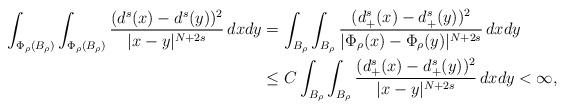
LaTeX: \begin{align*}\int_{\Phi_\rho( B_{\rho})} \int_{\Phi_\rho( B_{\rho})} \frac{(d^s(x)-d^s(y))^2}{|x-y|^{N+2s}}\, dxdy& =\int_{ B_{\rho}}\int_{ B_{\rho}} \frac{(d_+^s(x)-d_+^s(y))^2}{|\Phi_\rho( x)-\Phi_\rho( y)|^{N+2s}}\, dxdy\\& \leq C \int_{ B_{\rho}}\int_{ B_{\rho}} \frac{(d_+^s(x)-d_+^s(y))^2}{|x-y|^{N+2s}}\, dxdy<\infty ,\end{align*}